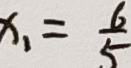
x _ { 1 } = \frac { 6 } { 5 }